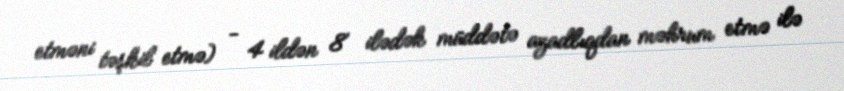
etməni təşkil etmə) - 4 ildən 8 ilədək müddətə azadlıqdan məhrum etmə ilə